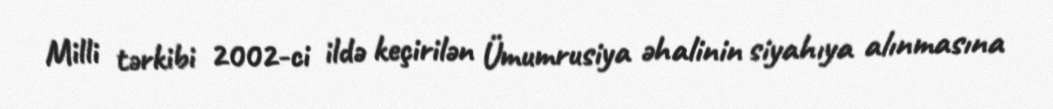
Milli tərkibi 2002-ci ildə keçirilən Ümumrusiya əhalinin siyahıya alınmasına